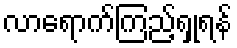
လာရောက်ကြည့်ရှုရန်